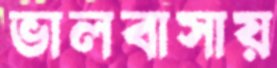
ভালবাসায়